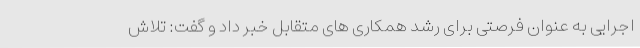
اجرایی به عنوان فرصتی برای رشد همکاری های متقابل خبر داد و گفت: تلاش